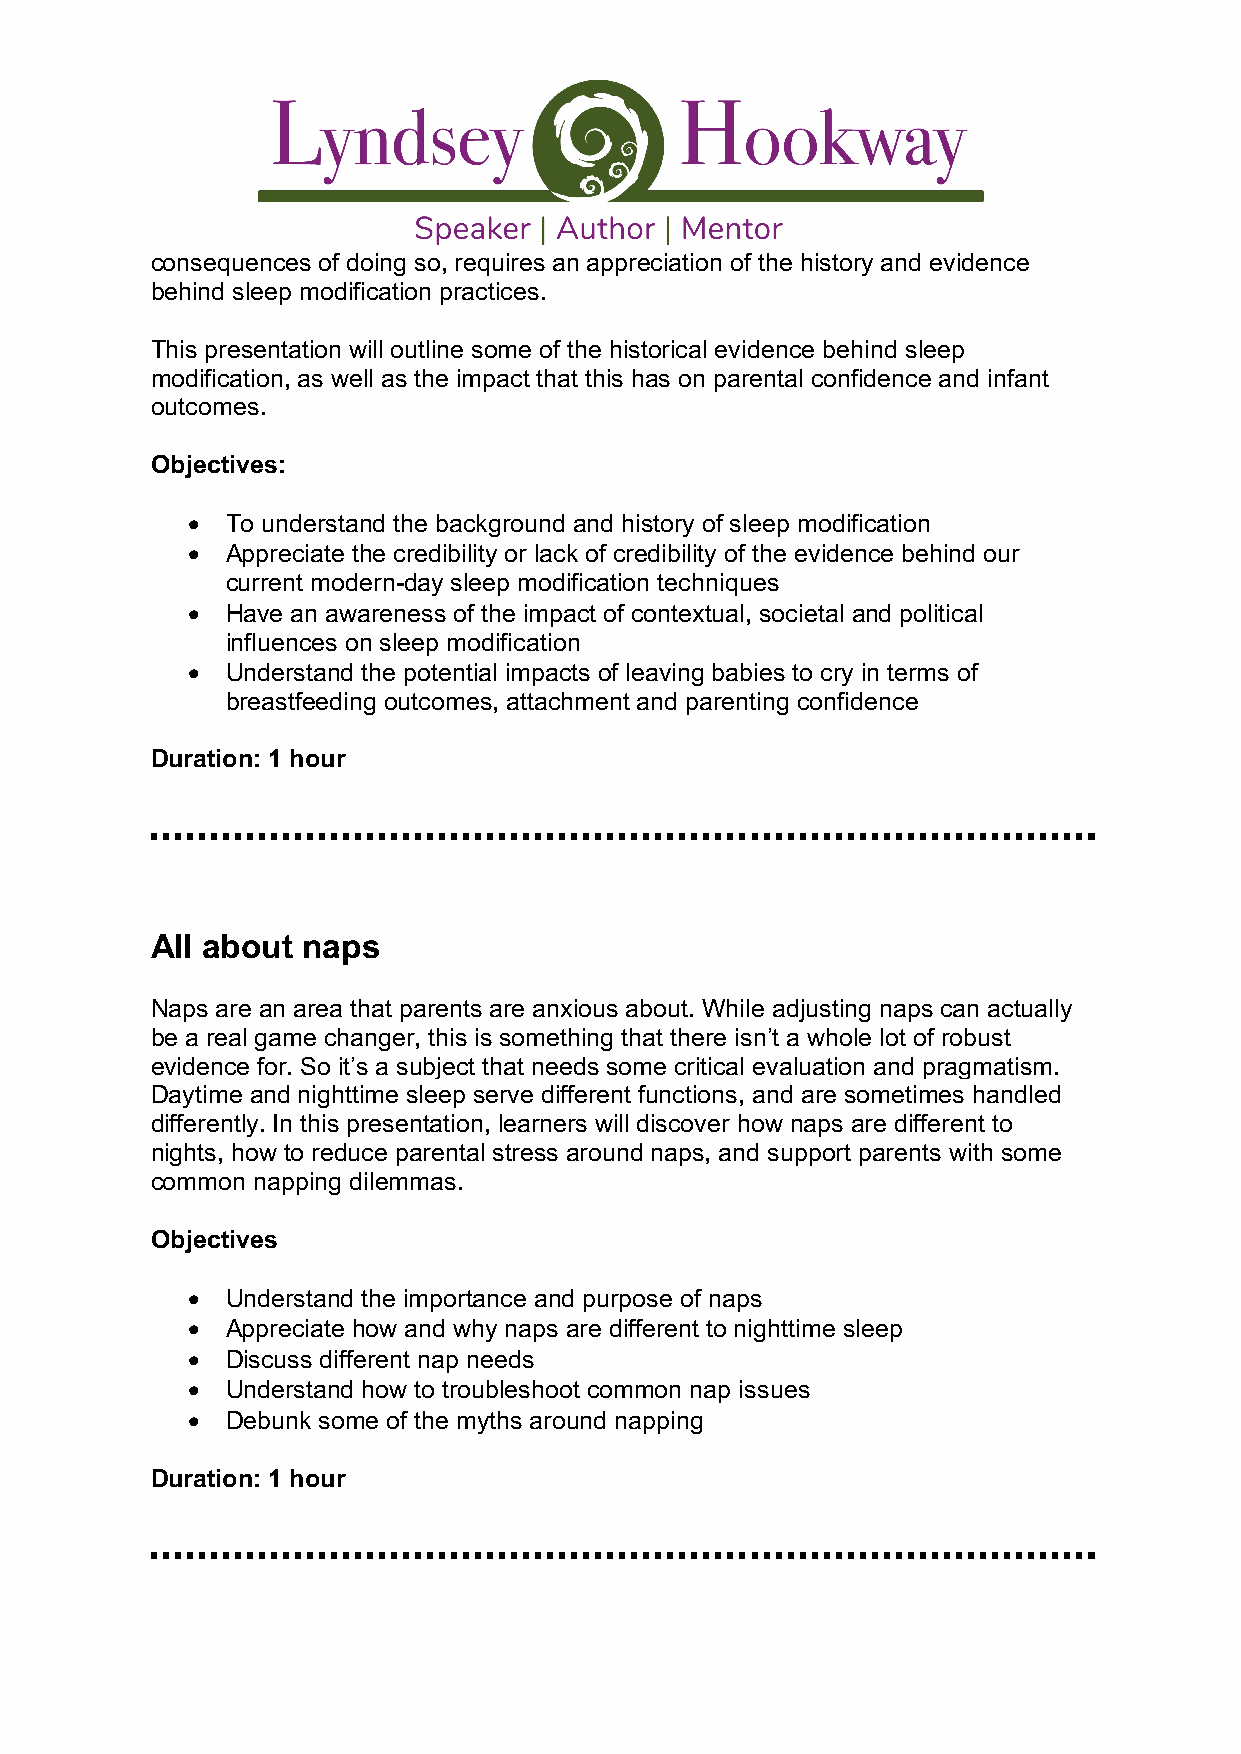
consequences of doing so, requires an appreciation of the history and evidence
 behind sleep modification practices.
 This presentation will outline some of the historical evidence behind sleep
 modification, as well as the impact that this has on parental confidence and infant
 outcomes.
 Objectives:
 •  To understand the background and history of sleep modification
 •  Appreciate the credibility or lack of credibility of the evidence behind our
 current modern-day sleep modification techniques
 •  Have an awareness of the impact of contextual, societal and political
 influences on sleep modification
 •  Understand the potential impacts of leaving babies to cry in terms of
 breastfeeding outcomes, attachment and parenting confidence
 Duration: 1 hour
 All about naps
 Naps are an area that parents are anxious about. While adjusting naps can actually
 be a real game changer, this is something that there isn’t a whole lot of robust
 evidence for. So it’s a subject that needs some critical evaluation and pragmatism.
 Daytime and nighttime sleep serve different functions, and are sometimes handled
 differently. In this presentation, learners will discover how naps are different to
 nights, how to reduce parental stress around naps, and support parents with some
 common napping dilemmas.
 Objectives
 •  Understand the importance and purpose of naps
 •  Appreciate how and why naps are different to nighttime sleep
 •  Discuss different nap needs
 •  Understand how to troubleshoot common nap issues
 •  Debunk some of the myths around napping
 Duration: 1 hour